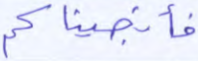
فأنجيناكم